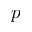
p